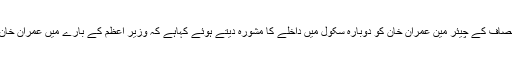
2015ء)پاکستان مسلم لیگ (ن)کی رہنما مریم نواز شریف نے تحریک انصاف کے چیئر مین عمران خان کو دوبارہ سکول میں داخلے کا مشورہ دیتے ہوئے کہاہے کہ وزیر اعظم کے بارے میں عمران خان کے ریمارکس سے ان کی ناقص ذہنیت اور اخلاقیات کا اندازہ ہوتا ہے ۔